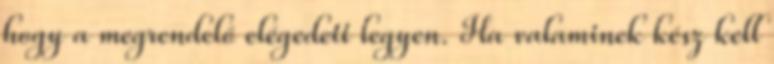
hogy a megrendelő elégedett legyen. Ha valaminek kész kell